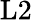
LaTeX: \mathrm{L}2